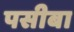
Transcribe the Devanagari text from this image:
पसीबा